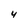
Character: 4